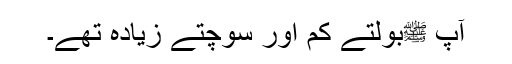
آپ ﷺبولتے کم اور سوچتے زیادہ تھے۔